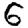
Digit: 6